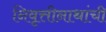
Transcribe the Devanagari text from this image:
निवृत्तीनाथांची